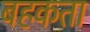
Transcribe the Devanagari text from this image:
बहकता